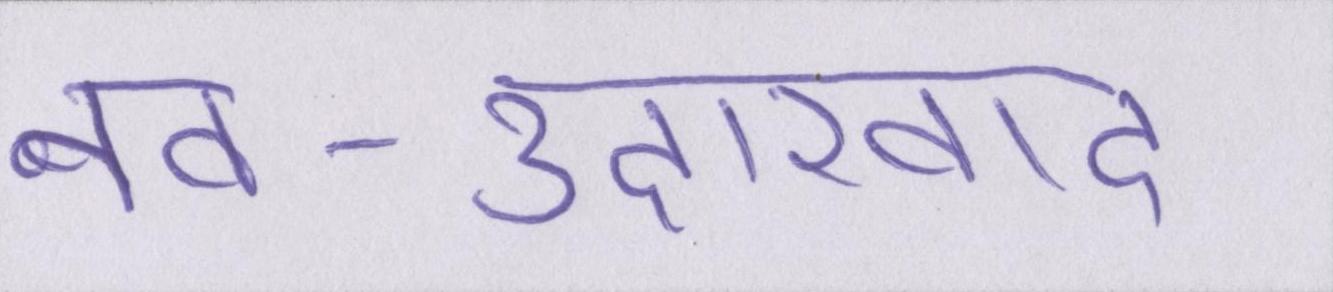
नव-उदारवाद